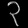
Digit: ၃